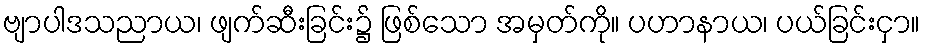
ဗျာပါဒသညာယ၊ ဖျက်ဆီးခြင်း၌ ဖြစ်သော အမှတ်ကို။ ပဟာနာယ၊ ပယ်ခြင်းငှာ။